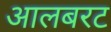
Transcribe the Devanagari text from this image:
आलबरट